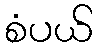
စံပယ်